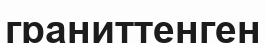
граниттенген